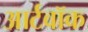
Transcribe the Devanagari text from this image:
आर्टवॉक